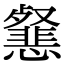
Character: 𢤰